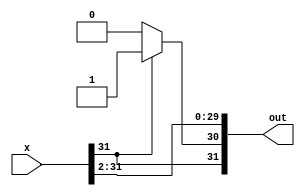
module bit2_right_shifter(x, out);
    input [31:0] x;
    
    output [31:0] out;

    assign out[29:0] = x[31:2];
    assign out[30] = x[31] ? 1'b1 : 1'b0;
    assign out[31] = x[31];
endmodule